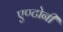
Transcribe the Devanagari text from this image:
एण्टोनी